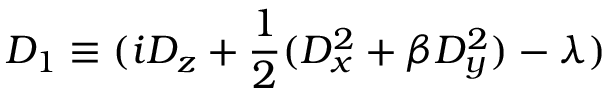
D _ { 1 } \equiv ( i D _ { z } + \frac { 1 } { 2 } ( D _ { x } ^ { 2 } + \beta D _ { y } ^ { 2 } ) - \lambda )